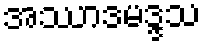
အဿာဒမဒ္ဒသ